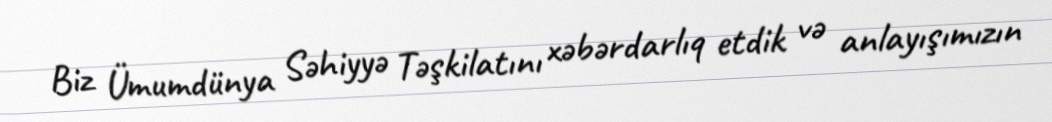
Biz Ümumdünya Səhiyyə Təşkilatını xəbərdarlıq etdik və anlayışımızın